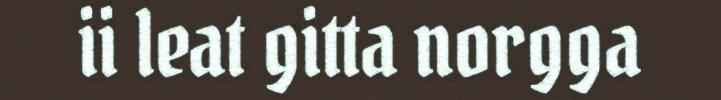
ii leat gitta norgga